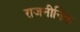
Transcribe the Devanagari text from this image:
राजनीनिक